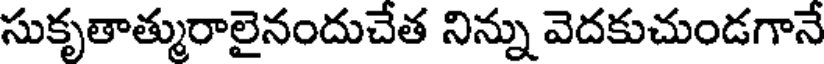
సుకృతాత్మురాలైనందుచేత నిన్ను వెదకుచుండగానే